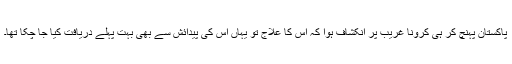
پاکستان پہنچ کر ہی کرونا غریب پر انکشاف ہوا کہ اُس کا علاج تو یہاں اُس کی پیدائش سے بھی بہت پہلے دریافت کیا جا چکا تھا۔